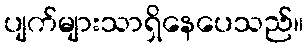
ပျက်များသာရှိနေပေသည်။